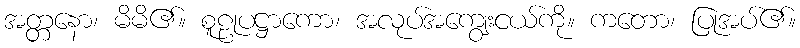
အတ္တနော၊ မိမိ၏။ စူဠုပဋ္ဌာကော၊ အလုပ်အကျွေးငယ်ကို။ ကတော၊ ပြုအပ်၏။